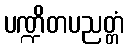
ပဏ္ဍိတပညတ္တံ